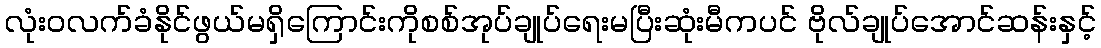
လုံးဝလက်ခံနိုင်ဖွယ်မရှိကြောင်းကိုစစ်အုပ်ချုပ်ရေးမပြီးဆုံးမီကပင် ဗိုလ်ချုပ်အောင်ဆန်းနှင့်